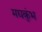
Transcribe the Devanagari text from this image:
मद्यकुंभ